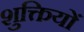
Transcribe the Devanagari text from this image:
शुक्तियों